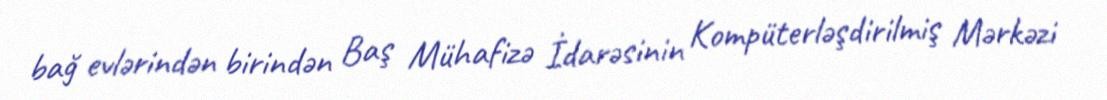
bağ evlərindən birindən Baş Mühafizə İdarəsinin Kompüterləşdirilmiş Mərkəzi